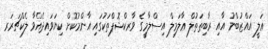
ޢަލީ އައްޒުބްނު އާއި ރާބިޠަތުލް ޢާލަމިލް އިސްލާމީގެ ވާރކްޝޮޕްތަކުގައި އާންމުކޮށް ކިޔަވައިދެއްވާ ލެކްޗަރަރ